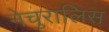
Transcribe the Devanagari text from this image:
नेचुरालिस